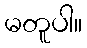
မတူပါ။